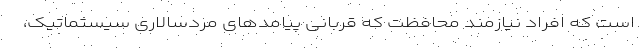
است که افراد نیازمند محافظت که قربانی پیامدهای مردسالاری سیستماتیک،